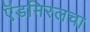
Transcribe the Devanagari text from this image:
ऍडमिरलचा